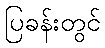
ပြခန်းတွင်